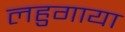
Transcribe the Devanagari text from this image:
लहुगाया